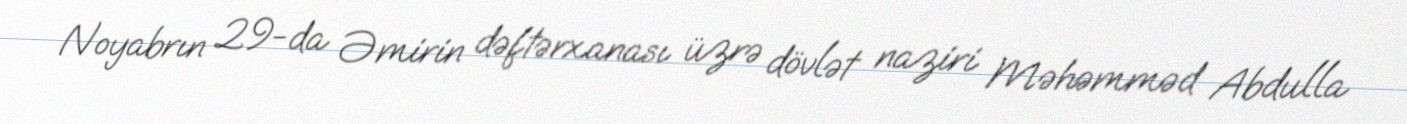
Noyabrın 29-da Əmirin dəftərxanası üzrə dövlət naziri Məhəmməd Abdulla